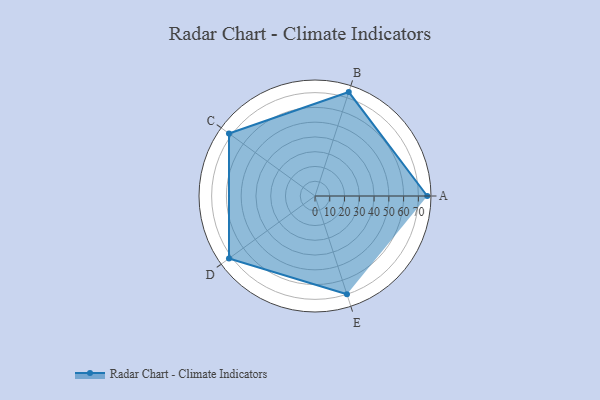
{"axis": {"x": "Skill", "y": "Score"}, "legend": ["Profile"], "data": [{"x": "A", "y": 76.0, "type": "Profile"}, {"x": "B", "y": 74.0, "type": "Profile"}, {"x": "C", "y": 72.0, "type": "Profile"}, {"x": "D", "y": 72.0, "type": "Profile"}, {"x": "E", "y": 70.0, "type": "Profile"}]}